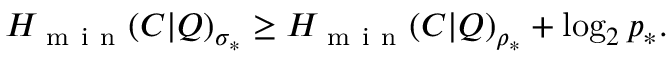
H _ { \mathrm { ~ m ~ i ~ n ~ } } ( C | Q ) _ { \sigma _ { \ast } } \geq H _ { \mathrm { ~ m ~ i ~ n ~ } } ( C | Q ) _ { \rho _ { \ast } } + \log _ { 2 } p _ { \ast } .